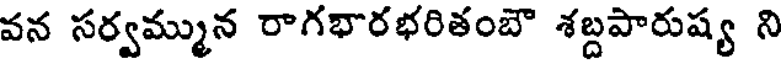
వన సర్వమ్మున రాగభారభరితంబౌ శబ్దపారుష్య ని